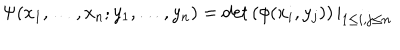
\Psi ( x _ { 1 } , \ldots , x _ { n } ; y _ { 1 } , \ldots , y _ { n } ) = \det \left( \phi ( x _ { i } , y _ { j } ) \right) | _ { 1 \leq i , j \leq n }